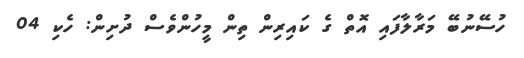
ހުސޭނުބޭ މަރާލާފައި އޮތް ގެ ކައިރިން ތިން މީހުންވެސް ދުށިން: ހެކި 04